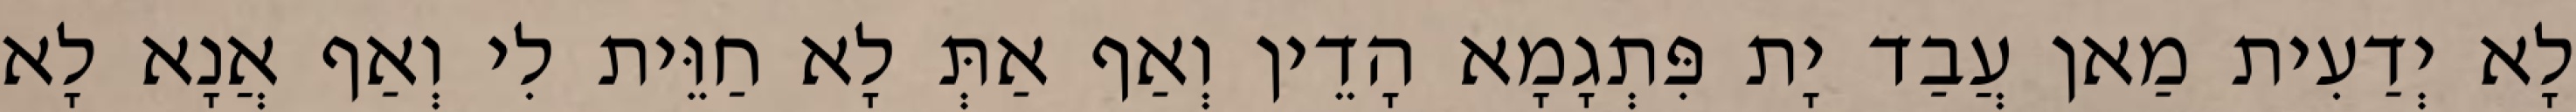
לָא יְדַעִית מַאן עֲבַד יָת פִּתְגָמָא הָדֵין וְאַף אַתְּ לָא חַוֵּית לִי וְאַף אֲנָא לָא